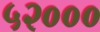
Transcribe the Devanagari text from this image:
५२०००